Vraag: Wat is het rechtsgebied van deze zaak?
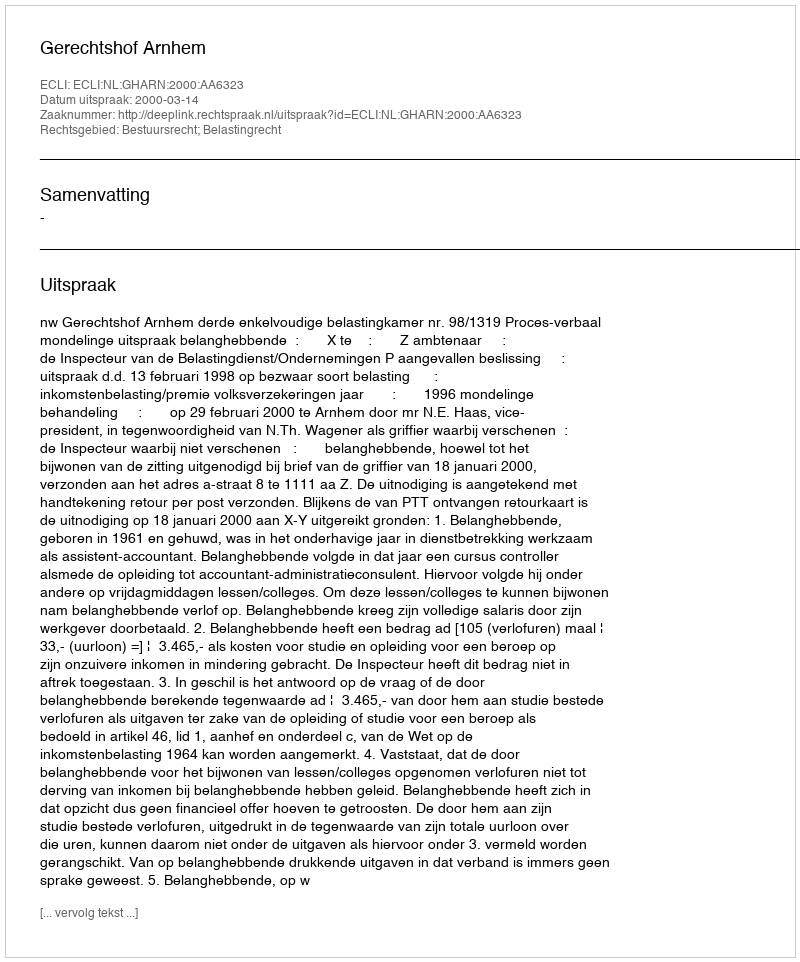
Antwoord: Bestuursrecht; Belastingrecht